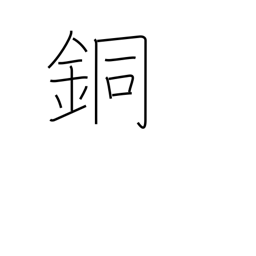
Meaning: copper